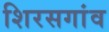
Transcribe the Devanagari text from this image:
शिरसगांव